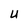
Character: U